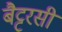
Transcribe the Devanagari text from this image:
बैट्टरसी